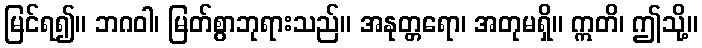
မြင်ရ၍။ ဘဂဝါ၊ မြတ်စွာဘုရားသည်။ အနုတ္တရော၊ အတုမရှိ။ ဣတိ၊ ဤသို့။